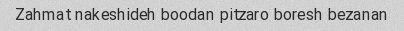
Zahmat nakeshideh boodan pitzaro boresh bezanan